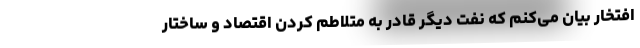
افتخار بیان می‌کنم که نفت دیگر قادر به متلاطم کردن اقتصاد و ساختار